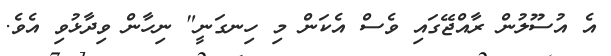
އެ އުސޫލުން ރާއްޖޭގައި ވެސް އެކަން މި ހިނގަނީ" ނިހާން ވިދާޅުވި އެވެ.